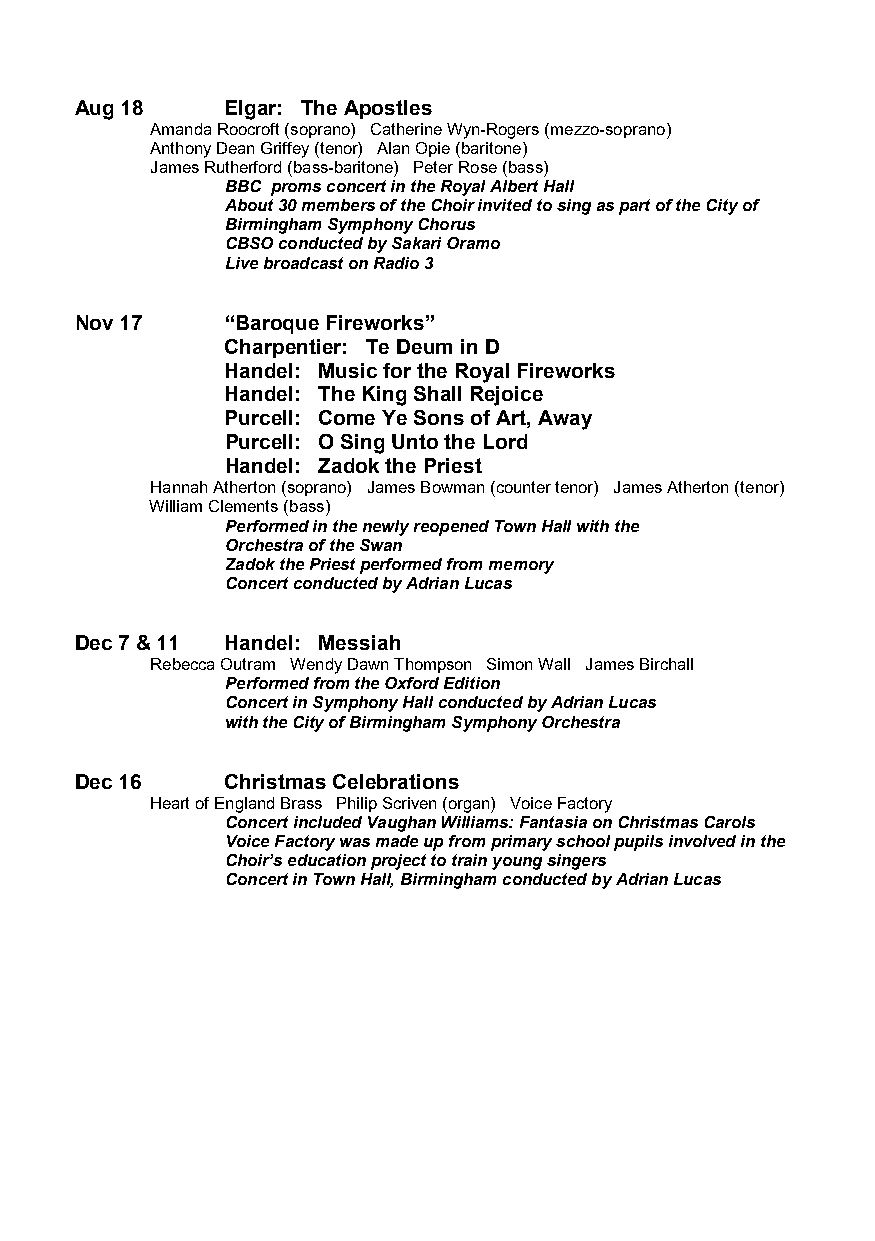
Aug 18    Elgar: The Apostles
 Amanda Roocroft (soprano) Catherine Wyn-Rogers (mezzo-soprano)
 Anthony Dean Griffey (tenor) Alan Opie (baritone)
 James Rutherford (bass-baritone) Peter Rose (bass)
 BBC proms concert in the Royal Albert Hall
 About 30 members of the Choir invited to sing as part of the City of
 Birmingham Symphony Chorus
 CBSO conducted by Sakari Oramo
 Live broadcast on Radio 3
 Nov 17    “Baroque Fireworks”
 Charpentier: Te Deum in D
 Handel: Music for the Royal Fireworks
 Handel: The King Shall Rejoice
 Purcell: Come Ye Sons of Art, Away
 Purcell: O Sing Unto the Lord
 Handel: Zadok the Priest
 Hannah Atherton (soprano) James Bowman (counter tenor) James Atherton (tenor)
 William Clements (bass)
 Performed in the newly reopened Town Hall with the
 Orchestra of the Swan
 Zadok the Priest performed from memory
 Concert conducted by Adrian Lucas
 Dec 7 & 11 Handel: Messiah
 Rebecca Outram Wendy Dawn Thompson Simon Wall James Birchall
 Performed from the Oxford Edition
 Concert in Symphony Hall conducted by Adrian Lucas
 with the City of Birmingham Symphony Orchestra
 Dec 16    Christmas Celebrations
 Heart of England Brass Philip Scriven (organ) Voice Factory
 Concert included Vaughan Williams: Fantasia on Christmas Carols
 Voice Factory was made up from primary school pupils involved in the
 Choir’s education project to train young singers
 Concert in Town Hall, Birmingham conducted by Adrian Lucas